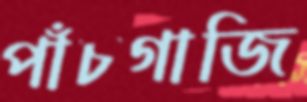
পাঁচগাজি